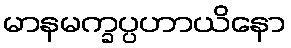
မာနမက္ခပ္ပဟာယိနော